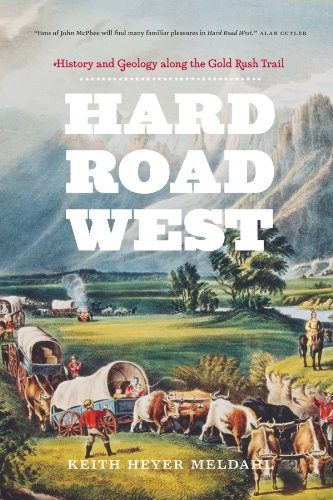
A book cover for Hard Road West: History and Geology along the Gold Rush Trail; Keith Heyer Meldahl; History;